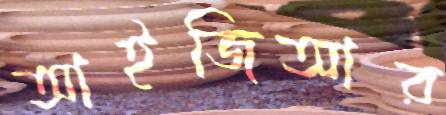
আইজিআর